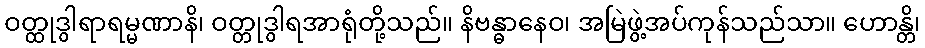
ဝတ္ထုဒွါရာရမ္မဏာနိ၊ ဝတ္တုဒွါရအာရုံတို့သည်။ နိဗန္ဓာနေဝ၊ အမြဲဖွဲ့အပ်ကုန်သည်သာ။ ဟောန္တိ၊